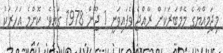
މިޖަމިއްޔާގެ މެމްބަރަކަށް ރާއްޖެ ވެފައިވަނީ 1 ޖޫން 1978 ގައެވެ. ކޮންމެ އަހަރަކު